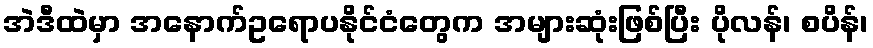
အဲဒီထဲမှာ အနောက်ဥရောပနိုင်ငံတွေက အများဆုံးဖြစ်ပြီး ပိုလန်၊ စပိန်၊